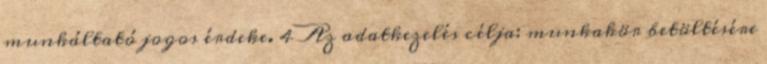
munkáltató jogos érdeke. 4 Az adatkezelés célja: munkakör betöltésére